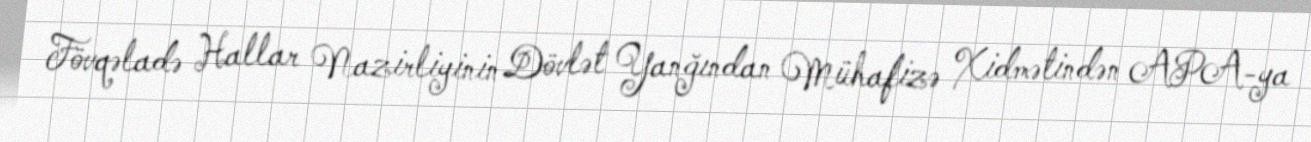
Fövqəladə Hallar Nazirliyinin Dövlət Yanğından Mühafizə Xidmətindən APA-ya